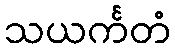
သယင်္ကတံ